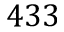
4 3 3